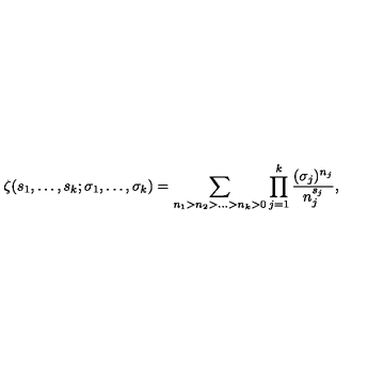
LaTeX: \zeta ( s _ { 1 } , \ldots , s _ { k } ; \sigma _ { 1 } , \ldots , \sigma _ { k } ) = \sum _ { n _ { 1 } > n _ { 2 } > \ldots > n _ { k } > 0 } \prod _ { j = 1 } ^ { k } \frac { ( \sigma _ { j } ) ^ { n _ { j } } } { n _ { j } ^ { s _ { j } } } ,